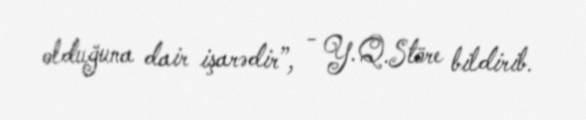
olduğuna dair işarədir”, - Y.Q.Störe bildirib.